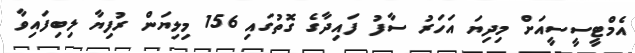
އެމްޓީސީސީއަށް މިދިޔަ އަހަރު ސާފު ފައިދާގެ ގޮތުގައި 156 މިލިޔަން ރުފިޔާ ލިބިފައިވާ